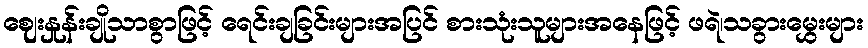
ဈေးနှုန်းချိုသာစွာဖြင့် ရေင်းချခြင်းများအပြင် စားသုံးသူများအနေဖြင့် ဖရဲ၊သခွားမွှေးများ